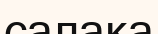
салака